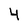
Character: 4